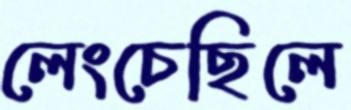
লেংচেছিলে